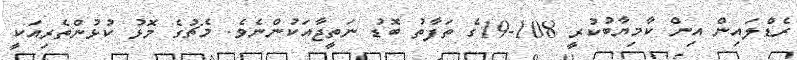
ރެޑްލައިން އިން ކާމިޔާބުކުރީ 108-19ގެ ތަފާތު ބޮޑު ނަތީޖާއަކުންނެވެ. މެޗުގެ މޮޅު ކުޅުންތެރިއަކީ